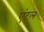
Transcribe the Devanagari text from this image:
एंटल